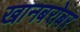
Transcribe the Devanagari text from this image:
खानबरोबर